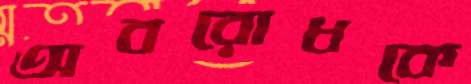
অবরোধকে